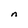
Character: n